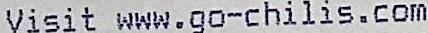
VISIT WWW.GO-CHILIS.COM